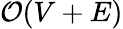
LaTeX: \mathcal{O}(V+E)